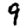
Digit: 9